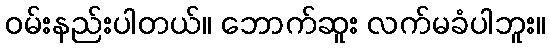
ဝမ်းနည်းပါတယ်။ ဘောက်ဆူး လက်မခံပါဘူး။